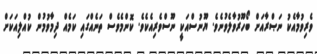
ވެރިވުމާއެކު ނަޞްރާއަށް ބޯހޫރުވާލެވުނެވެ. ޔޫނުސްއަކީ ނޫސްވެރިއެކެވެ. ކޮންމެވެސް ތަނެއްގައި ކަމެއް ދިމާވުމުން ކުއްލިއަކަށް